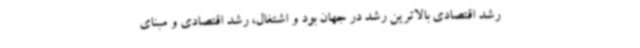
رشد اقتصادی بالاترین رشد در جهان بود و اشتغال، رشد اقتصادی و مبنای